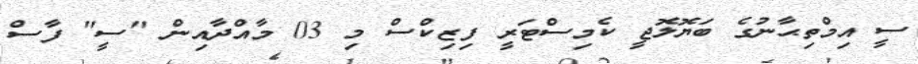
ސީ އިމްތިޙާނުގެ ބަޔޮލޮޖީ ކެމިސްޓަރީ ފިޒިކްސް މި 03 މާއްދާއިން "ސީ" ފާސް